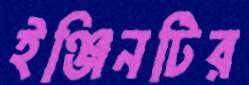
ইঞ্জিনটির